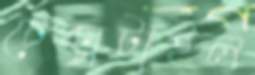
টেক্সটাইল